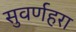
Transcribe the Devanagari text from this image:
सुवर्णहरा